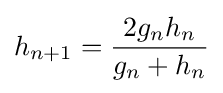
h_{n+1}={\frac {2{g_{n}}{h_{n}}}{g_{n}+h_{n}}}